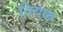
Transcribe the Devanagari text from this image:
क्यिक